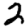
Digit: 2